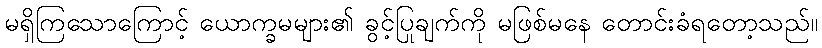
မရှိကြသောကြောင့် ယောက္ခမများ၏ ခွင့်ပြုချက်ကို မဖြစ်မနေ တောင်းခံရတော့သည်။